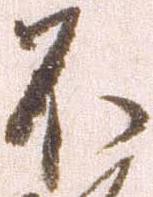
不